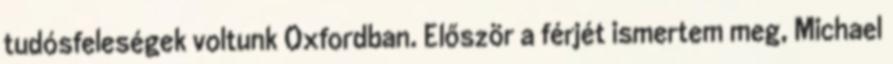
tudósfeleségek voltunk Oxfordban. Először a férjét ismertem meg, Michael